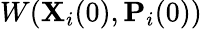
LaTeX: W({\mathbf{X}}_{i}(0),{\mathbf{P}}_{i}(0))